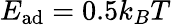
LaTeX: E_{\mathrm{ad}}=0.5k_{B}T